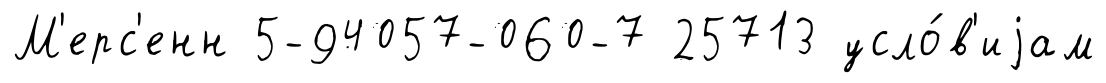
М'ерс'енн 5-94057-060-7 25713 усло́в'иjам